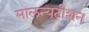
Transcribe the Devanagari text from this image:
मालन्यूट्रीशन